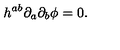
h ^ { a b } { \partial } _ { a } { \partial } _ { b } { \phi } = 0 .